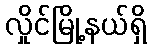
လှိုင်မြို့နယ်ရှိ